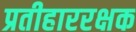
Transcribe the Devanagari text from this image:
प्रतीहाररक्षक